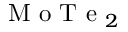
\mathrm { ~ M ~ o ~ T ~ e ~ } _ { 2 }